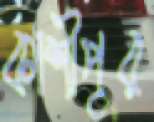
কাশীপুর